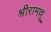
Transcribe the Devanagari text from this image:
श्रीरामल्लू